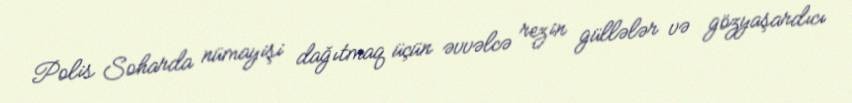
Polis Soharda nümayişi dağıtmaq üçün əvvəlcə rezin güllələr və gözyaşardıcı